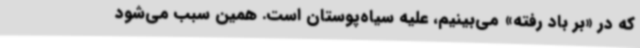
که در «بر باد رفته» می‌بینیم، علیه سیاه‌پوستان است. همین سبب می‌شود